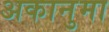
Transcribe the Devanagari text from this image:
अकानुमा